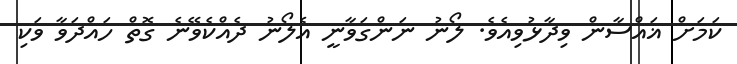
ކަމަށް ޣައްސާން ވިދާޅުވިއެވެ. ލޯނު ނަންގަވާނީ އެލޯނު ދެއްކެވޭނެ ގޮތް ހައްދަވާ ވަކި